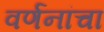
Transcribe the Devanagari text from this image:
वर्णनांचा